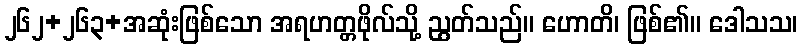
၂၆၂+၂၆၃+အဆုံးဖြစ်သော အရဟတ္တဖိုလ်သို့ ညွတ်သည်။ ဟောတိ၊ ဖြစ်၏။ ဒေါသသ၊